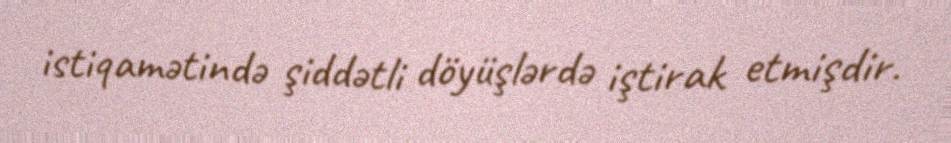
istiqamətində şiddətli döyüşlərdə iştirak etmişdir.